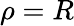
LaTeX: \rho=R